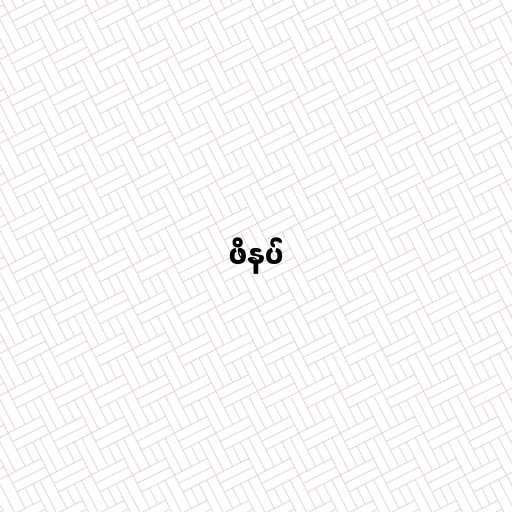
ဖိနပ်